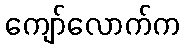
ကျော်လောက်က